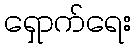
ရှောက်ရေး